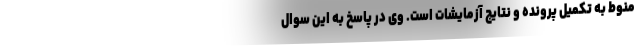
منوط به تکمیل پرونده و نتایج آزمایشات است. وی در پاسخ به این سوال